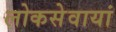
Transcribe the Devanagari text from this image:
लोकसेवायां